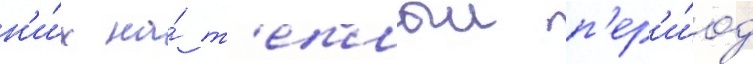
н'и́х на́ т'еплыи п'ер'и́од